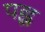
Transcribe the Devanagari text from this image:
पह्ल